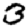
Digit: 3